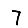
Digit: 7